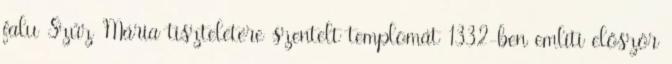
falu Szűz Mária tiszteletére szentelt templomát 1332-ben említi először